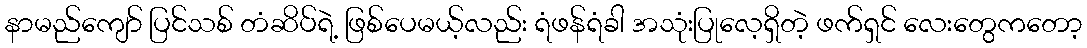
နာမည်ကျော် ပြင်သစ် တံဆိပ်ရဲ့ ဖြစ်ပေမယ့်လည်း ရံဖန်ရံခါ အသုံးပြုလေ့ရှိတဲ့ ဖက်ရှင် လေးတွေကတော့